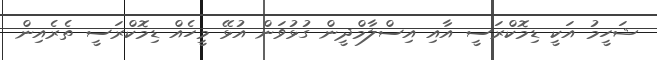
ޝަހީމު އަކީ ޑިމޮކްރަސީ އާއި އިސްލާމްދީން ގުޅުވަން އުޅޭ މީހެއް ޑިމޮކްރަސީ ތެރެއިން